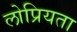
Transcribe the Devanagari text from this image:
लोप्रियता